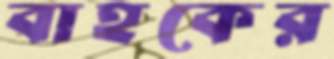
বাহকের